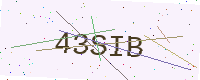
Text: 43SIB